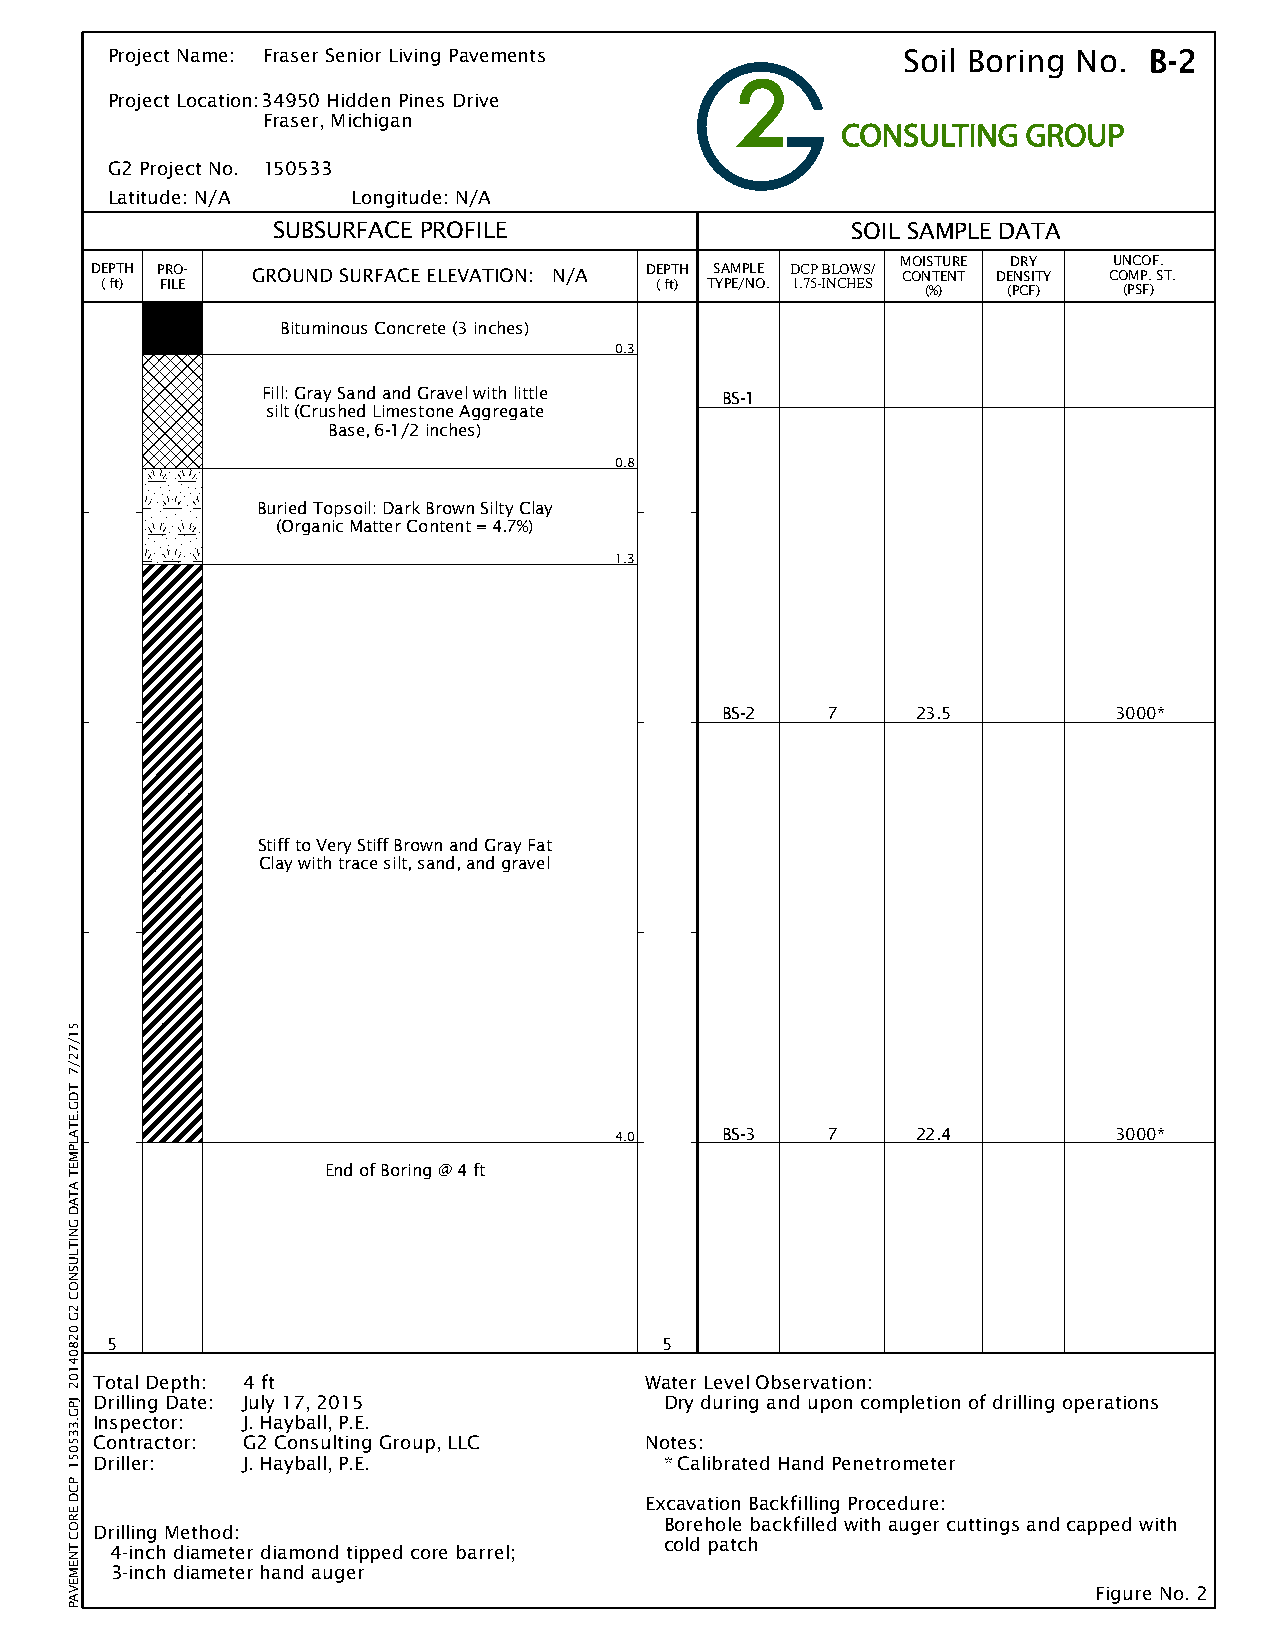
Project Name: Fraser Senior Living Pavements         Soil Boring No. B-2
 Project Location:34950 Hidden Pines Drive
 Fraser, Michigan
 G2 Project No. 150533
 Latitude: N/A   Longitude: N/A
 SUBSURFACE PROFILE                    SOIL SAMPLE DATA
 MOISTURE DRY  UNCOF.
 DEPTH PRO- GROUND SURFACE ELEVATION: N/A DEPTH SAMPLE DCP BLOWS/ CONTENT DENSITY COMP. ST.
 ( ft) FILE                          ( ft) TYPE/NO. 1.75-INCHES (%) (PCF) (PSF)
 Bituminous Concrete (3 inches)
 0.3
 Fill: Gray Sand and Gravel with little BS-1
 silt (Crushed Limestone Aggregate
 Base, 6-1/2 inches)
 0.8
 Buried Topsoil: Dark Brown Silty Clay
 (Organic Matter Content = 4.7%)
 1.3
 BS-2   7     23.5         3000*
 Stiff to Very Stiff Brown and Gray Fat
 Clay with trace silt, sand, and gravel
 4.0    BS-3   7     22.4         3000*
 End of Boring @ 4 ft
 5                                    5
 Total Depth: 4 ft                    Water Level Observation:
 Drilling Date: July 17, 2015          Dry during and upon completion of drilling operations
 Inspector: J. Hayball, P.E.
 Contractor: G2 Consulting Group, LLC Notes:
 Driller:  J. Hayball, P.E.            * Calibrated Hand Penetrometer
 Excavation Backfilling Procedure:
 Borehole backfilled with auger cuttings and capped with
 Drilling Method:
 cold patch
 4-inch diameter diamond tipped core barrel;
 3-inch diameter hand auger
 Figure No. 2
 51/72/7
 TDG.ETALPMET
 ATAD
 GNITLUSNOC
 2G
 02804102
 JPG.335051
 PCD
 EROC
 TNEMEVAP